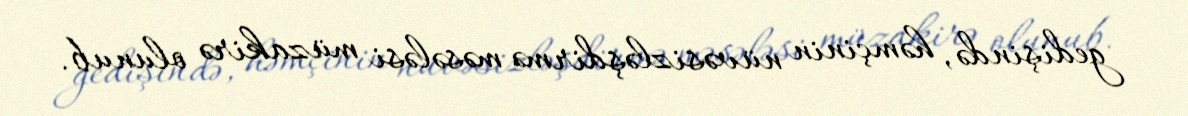
gedişində, həmçinin nüvəsizləşdirmə məsələsi müzakirə olunub.